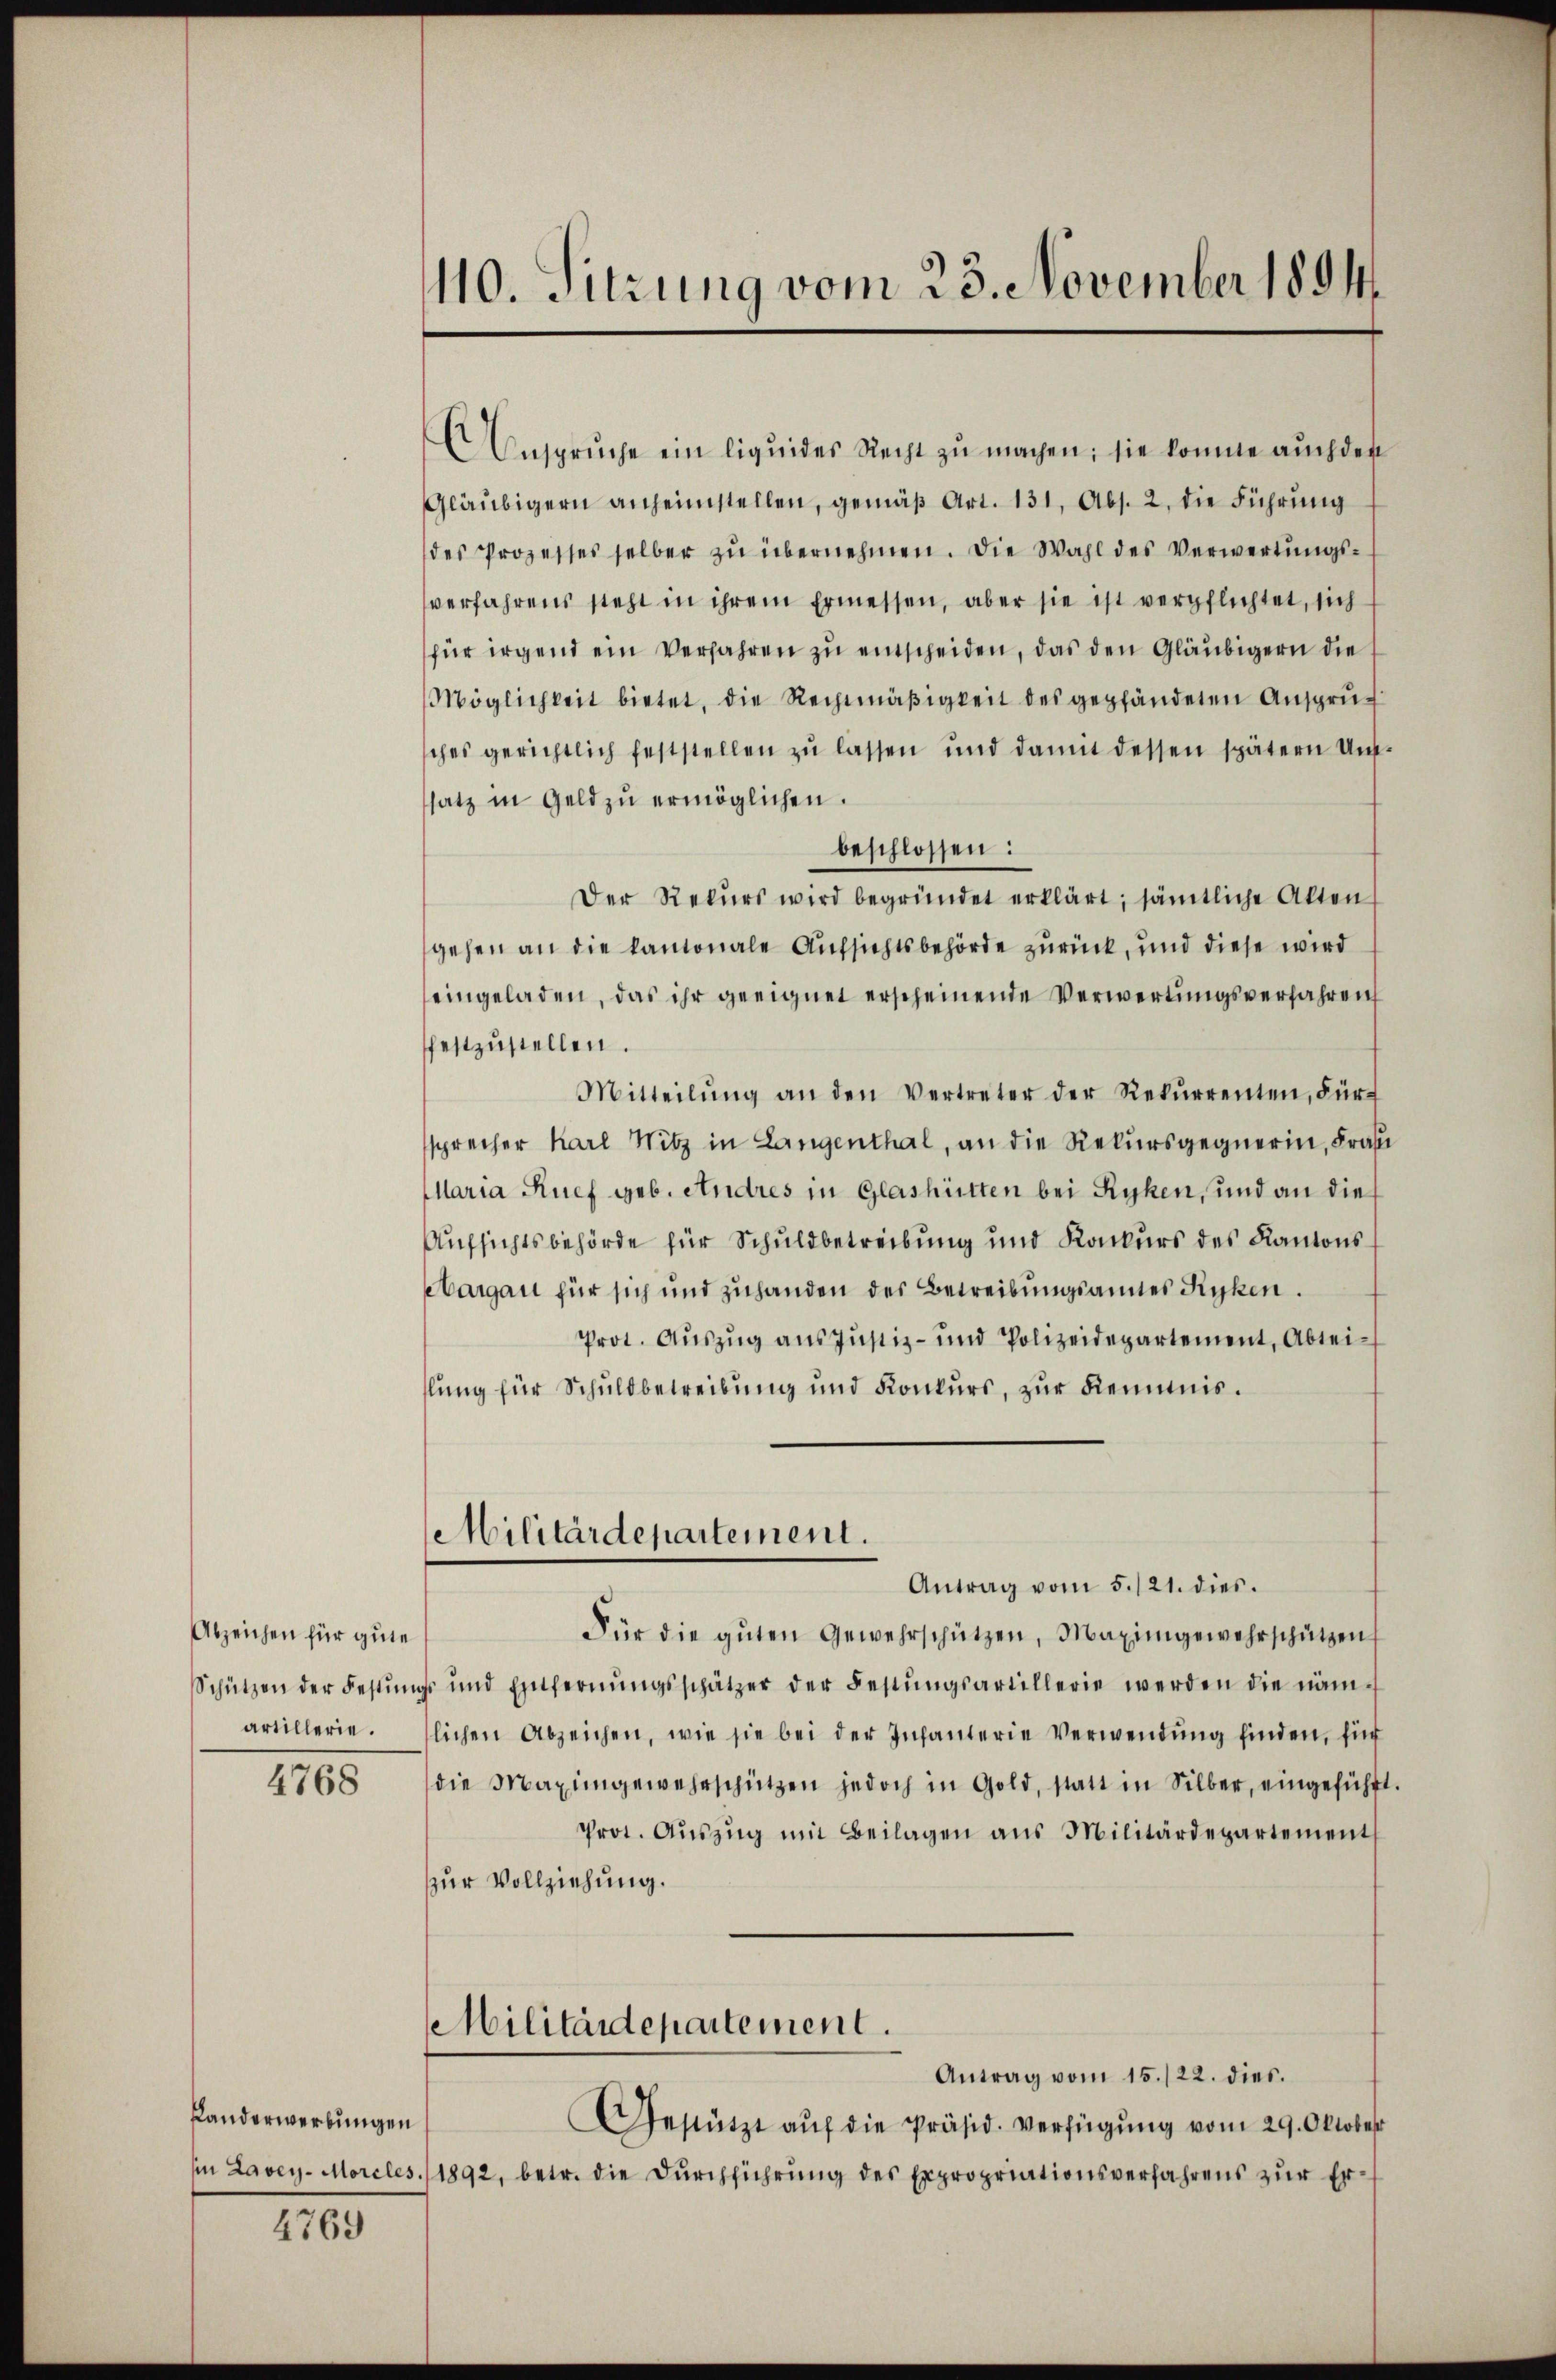
Abzeichen für gute
artillerie.

4768

Kanderwerbungen

4769

110. Sitzung vom 23. November 1894.

Ansprŭche ein liquides Recht zŭ machen; sie konnte aŭch der
Gläubigern anheimstellen, gemäß Art. 131, Abs. 2, die Führung
des Prozesses selber zŭ übernehmen. Die Wahl des Verwertŭngs-
verfahrens steht in ihrem Ermessen, aber sie ist verpflichtet, sich
für irgend ein Verfahren zu entscheiden, das den Gläubigern die
Möglichkeit bietet, die Rechtmäßigkeit des gepfändeten Ansprüsches gerichtlich feststellen zu lassen und damit dessen spätern Unsatz in Geld zŭ ermöglichen.
beschlossen:
Der Rekŭrs wird begründet erklärt; sämtliche Akten
gehen an die kantonale Aufsichtsbehörde zurück, und diese wird
eingeladen, das ihr geeignet erscheinende Verwertungsverfahren
festzustellen.
Mitteilŭng an den Vertreter der Rekŭrrenten, Für-
sprecher Karl Witz in Langenthal, an die Rekursgegnerin, Fra
Maria Ruef geb. Andres in Glashütten bei Ryhen, und an die
Aufsichtsbehörde für Schuldbetreibung und Konkurs des Kantons
Aargau für sich und zuhanden des Betreibungsannes Kyken.
Prot. Aŭszŭg ans Justiz- und Polizeidepartement, Abteilung für Schuldbetreibung und Konkurs, zur Kenntnis¬
Militärdepartement.
Antrag vom 5./21. dies.
Für die gŭten Gewehrschützen, Maximgewahrschützen,
Schützen der Festŭngs und Entfernŭngsschätzer der Festŭngsartillerie werden die näm-
lichen Abzeichen, wie sie bei der Infanterie Verwendŭng finden, für
die Maximgewahrschützen jedoch in Gold, statt in Silber, eingeführt
Prot. Aŭszŭg mit Beilagen aus Militärdepartement
zur Vollziehung.
Militärdepartement.
Antrag vom 15./22. dies
Gestützt aŭf die Präsid. Verfügŭng vom 29. Oktober
in Lavey-Moreles. 1892, betr. die Durchführung des Expropriationsverfahrens zur Er¬